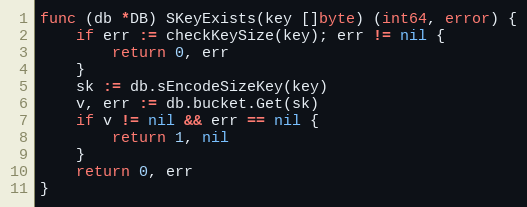
Language: Go
func (db *DB) SKeyExists(key []byte) (int64, error) {
	if err := checkKeySize(key); err != nil {
		return 0, err
	}
	sk := db.sEncodeSizeKey(key)
	v, err := db.bucket.Get(sk)
	if v != nil && err == nil {
		return 1, nil
	}
	return 0, err
}